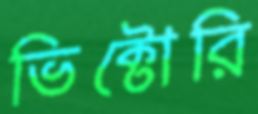
ভিক্টোরি